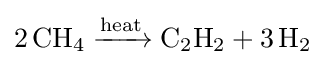
{2\,\mathrm {CH} {\vphantom {A}}_{\smash[{t}]{4}}{}\mathrel {\xrightarrow {\text{heat}} } {}\mathrm {C} {\vphantom {A}}_{\smash[{t}]{2}}\mathrm {H} {\vphantom {A}}_{\smash[{t}]{2}}{}+{}3\,\mathrm {H} {\vphantom {A}}_{\smash[{t}]{2}}}